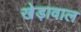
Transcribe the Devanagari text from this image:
खेड़ावाल